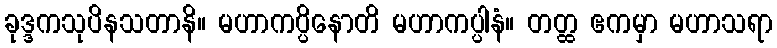
ခုဒ္ဒကသုပိနသတာနိ။ မဟာကပ္ပိနောတိ မဟာကပ္ပါနံ။ တတ္ထ ဧကမှာ မဟာသရာ